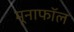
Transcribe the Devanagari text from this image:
मूनाफॉल